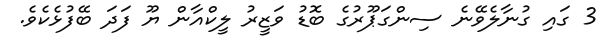
3 ގައި ގުނާލެވޭނެ ސިންގަޕޫރުގެ ބޮޑު ވަޒީރު ލީކްއާން ޔޫ ފަދަ ބޭފުޅެކެވެ.